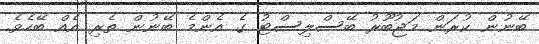
ބޭނުން ކުރަން މަޖުބޫރު ބޭސްލިސްޓު ގެ އެންމެ ބޭނުން ތެރި އެއް ބޭހެވެ.